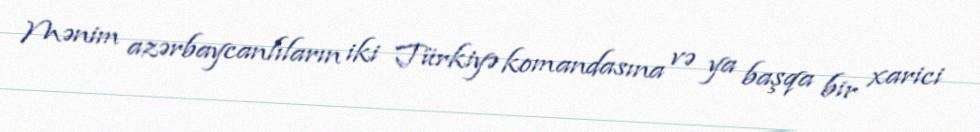
Mənim azərbaycanlıların iki Türkiyə komandasına və ya başqa bir xarici